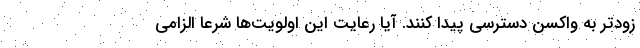
زودتر به واکسن دسترسی پیدا کنند. آیا رعایت این اولویت‌ها شرعاً الزامی